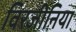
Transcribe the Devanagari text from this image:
विरजीनिया